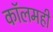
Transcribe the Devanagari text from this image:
कॉलमही